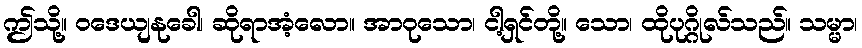
ဤသို့။ ဝဒေယျနုခေါ၊ ဆိုရာအံ့လော။ အာဝုသော၊ ငါ့ရှင်တို့။ သော၊ ထိုပုဂ္ဂိုလ်သည်။ သမ္မာ၊